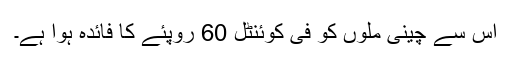
اس سے چینی ملوں کو فی کوئنٹل 60 روپئے کا فائدہ ہوا ہے۔